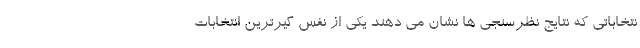
نتخاباتی که نتایج نظرسنجی ها نشان می دهند یکی از نفس گیرترین انتخابات